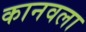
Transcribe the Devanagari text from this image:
कानवला